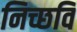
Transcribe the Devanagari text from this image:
निच्छवि